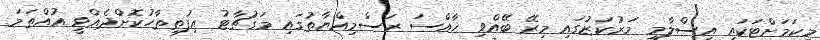
މިކަމަށްޓަކައި އިސްލާމީ މަރުކަޒުގައި މިރޭ ބޭއްވި ޚާއްސަ ރަސްމިއްޔާތުގައި މަގުޗާޓު އިފުތިތާހުކޮށްދެއްވީ އުއްތަމަ